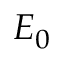
E _ { 0 }